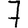
Digit: 7